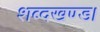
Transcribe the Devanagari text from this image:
शब्दखण्ड।